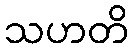
သဟတိ